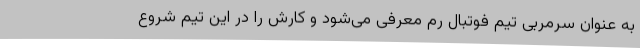
به عنوان سرمربی تیم فوتبال رم معرفی می‌شود و کارش را در این تیم شروع